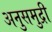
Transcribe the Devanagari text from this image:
अनुसमुद्री